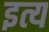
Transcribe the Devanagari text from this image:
इत्य